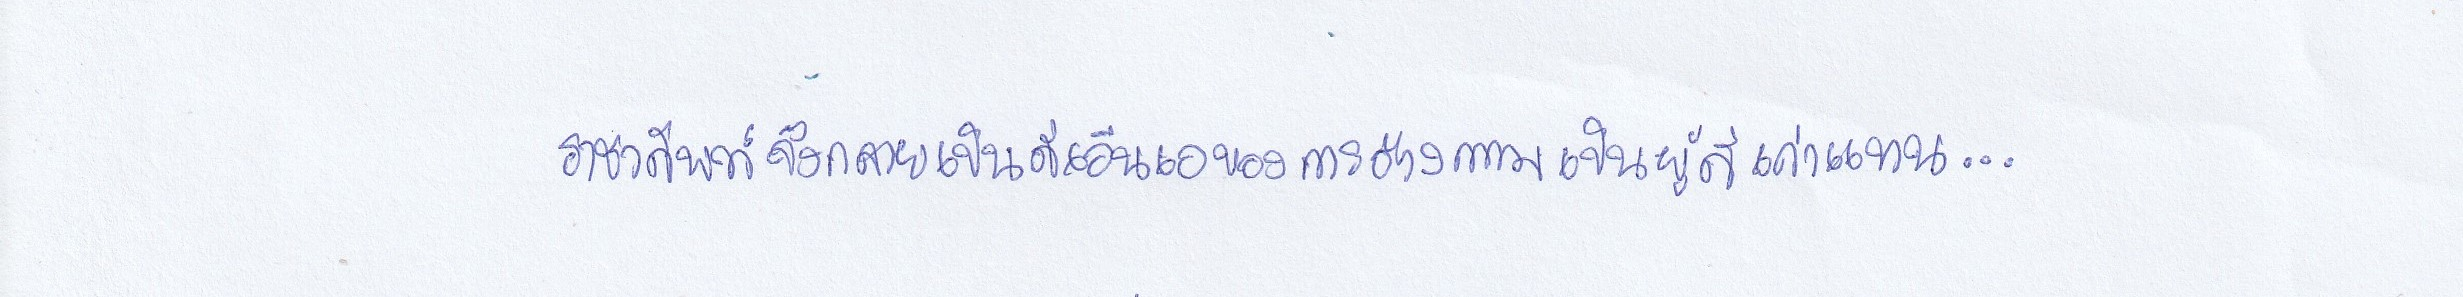
ราชาศัพท์จึงกลายเป็นดีเอ็นเอของการอ้างความเป็นผู้ดีเก่าแทน...